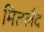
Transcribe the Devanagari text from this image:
मित्ग्लैद